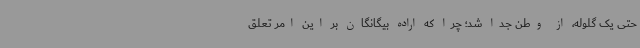
حتی یک گلوله، از وطن جدا شد؛ چرا که اراده بیگانگان بر این امر تعلق